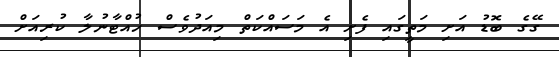
ގޭގެ ބޮޑު އަށި މަތީގައި ފެށި އެ މަސައްކަތް މިއަދުވެސް ހުއްޓާނުލާ ކުރިއަށް